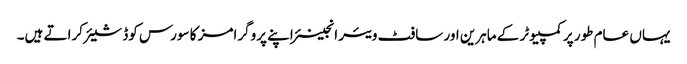
یہاں عام طور پر کمپیوٹر کے ماہرین اور سافٹ ویئر انجینئر اپنے پروگرامز کا سورس کوڈ شیئر کراتے ہیں۔